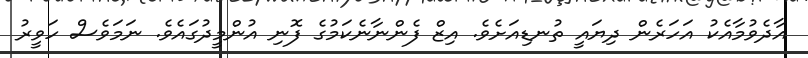
އާދެވުމާއެކު އަހަރެން ދިޔައީ ތުނޑިއަށެވެ. އިޒް ފެންނާނެކަމުގެ ފޮނި އުންމީދުގައެވެ. ނަމަވެސް ހަވީރު